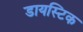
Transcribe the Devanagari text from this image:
डायस्टिक